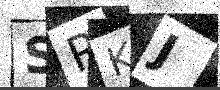
Text: SRKJ